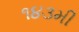
૧૪૩મી